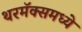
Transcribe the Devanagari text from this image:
थरमॅक्समध्ये